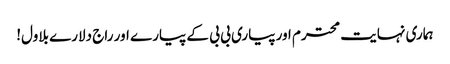
ہماری نہایت محترم اور پیاری بی بی کے پیارے اور راج دلارے بلاول!